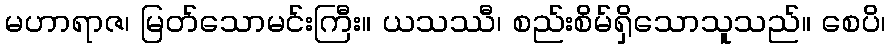
မဟာရာဇ၊ မြတ်သောမင်းကြီး။ ယသဿီ၊ စည်းစိမ်ရှိသောသူသည်။ စေပိ၊